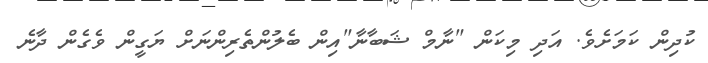
ކުދިން ކަމަށެވެ. އަދި މިކަން "ނާމް ޝަބާނާ"އިން ބެލުންތެރިންނަށް ޔަގީން ވެގެން ދާނެ